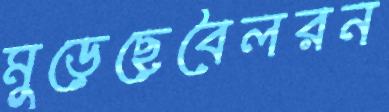
মুড়েছেবৈলরন